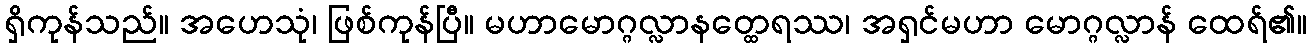
ရှိကုန်သည်။ အဟေသုံ၊ ဖြစ်ကုန်ပြီ။ မဟာမောဂ္ဂလ္လာနတ္ထေရဿ၊ အရှင်မဟာ မောဂ္ဂလ္လာန် ထေရ်၏။